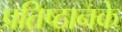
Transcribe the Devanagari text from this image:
प्रतिष्ठानके